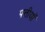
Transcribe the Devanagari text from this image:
पत्तीयाँ